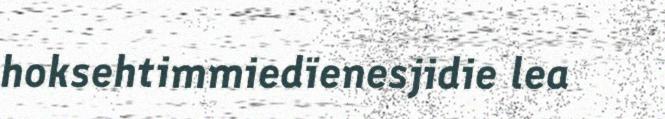
hoksehtimmiedïenesjidie lea